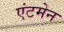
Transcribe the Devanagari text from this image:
एंटमेन